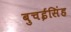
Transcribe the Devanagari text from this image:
बुचईसिंह